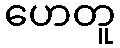
ဟေတူ